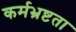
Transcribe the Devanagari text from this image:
कर्मभ्रष्टता